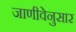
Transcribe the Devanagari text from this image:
जाणीवेनुसार